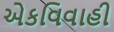
એકવિવાહી